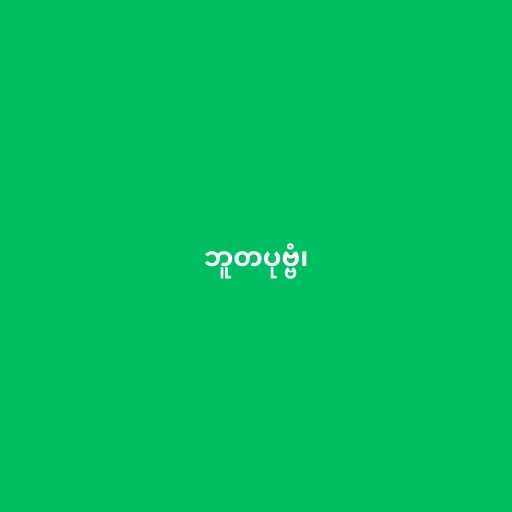
ဘူတပုဗ္ဗံ၊